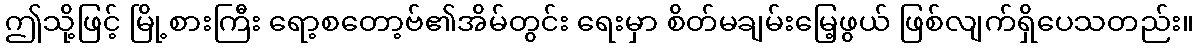
ဤသို့ဖြင့် မြို့စားကြီး ရော့စတော့ဗ်၏အိမ်တွင်း ရေးမှာ စိတ်မချမ်းမြေ့ဖွယ် ဖြစ်လျက်ရှိပေသတည်း။